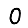
Digit: 0